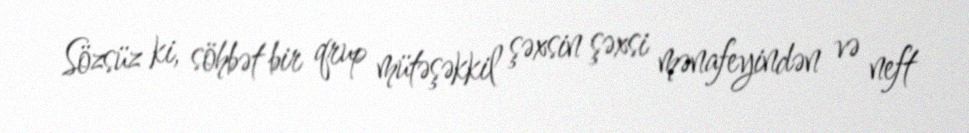
Sözsüz ki, söhbət bir qrup mütəşəkkil şəxsin şəxsi mənafeyindən və neft